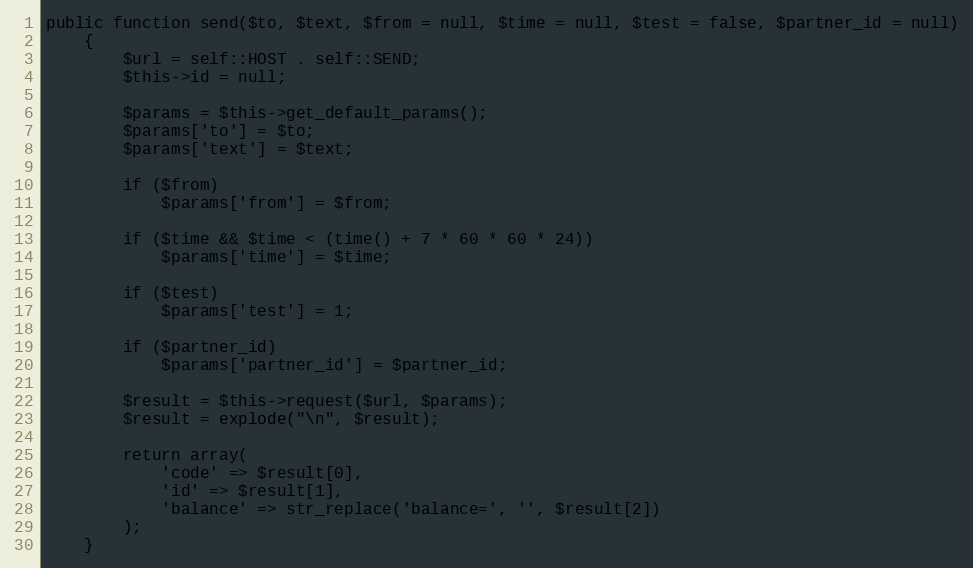
Language: PHP
public function send($to, $text, $from = null, $time = null, $test = false, $partner_id = null)
    {
        $url = self::HOST . self::SEND;
        $this->id = null;

        $params = $this->get_default_params();
        $params['to'] = $to;
        $params['text'] = $text;

        if ($from)
            $params['from'] = $from;

        if ($time && $time < (time() + 7 * 60 * 60 * 24))
            $params['time'] = $time;

        if ($test)
            $params['test'] = 1;

        if ($partner_id)
            $params['partner_id'] = $partner_id;

        $result = $this->request($url, $params);
        $result = explode("\n", $result);

        return array(
            'code' => $result[0],
            'id' => $result[1],
            'balance' => str_replace('balance=', '', $result[2])
        );
    }